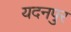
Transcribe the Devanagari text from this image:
यदनपुर